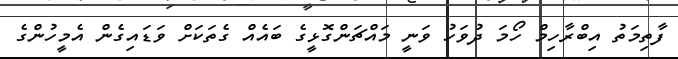
ފާތިމަތު އިބްރާހިމް ހޯމަ ދުވަހު ވަނީ މައްޗަންގޮޅީގެ ބައެއް ގެތަކަށް ވަޑައިގެން އެމީހުންގެ